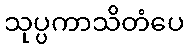
သုပ္ပကာသိတံပေ